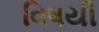
વિષયી